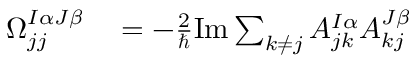
\begin{array} { r l } { \Omega _ { j j } ^ { I \alpha J \beta } } & { { } = - \frac 2 \hbar \mathrm { I m } \sum _ { k \neq j } A _ { j k } ^ { I \alpha } A _ { k j } ^ { J \beta } } \end{array}